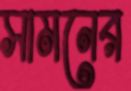
সামনের